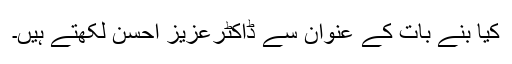
کیا بنے بات کے عنوان سے ڈاکٹرعزیز احسن لکھتے ہیں۔